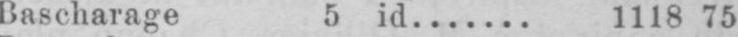
Bascharage 5 id....... 1118 75